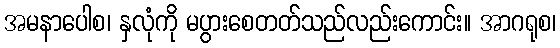
အမနာပေါစ၊ နှလုံကို မပွားစေတတ်သည်လည်းကောင်း။ အာဂရုစ၊